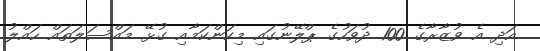
އަދި އެ ވުޒާރާގެ 100 ދުވަހުގެ ޕްލޭނުގައި މިކަންކަމާއި ގުޅޭ މައްސަލަތައް ހައްލު